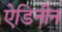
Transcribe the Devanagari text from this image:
ऐडिनीन